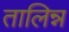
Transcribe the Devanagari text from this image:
तालिन्न